Madras plague regulations in force outside the Presidency town - Volume 5
Disease focus: Plague
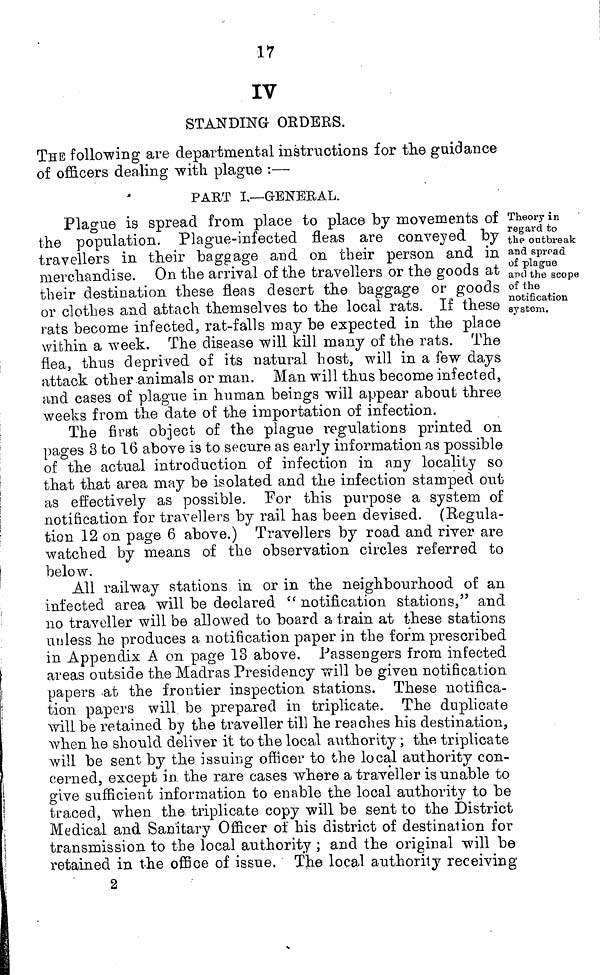
17
IV
STANDING ORDERS.
THE following are departmental instructions for the guidance
of officers dealing with plague :—
PART I,—GENERAL.
Theory in
regard to
the outbreak
and spread
of plague
aptl the scope
of the
notification
system.
Plague is spread from place to place by movements of
the population. Plague-infected fleas are conveyed by
travellers in their baggage and on their person and in
merchandise. On the arrival of the travellers or the goods at
their destination these fleas desert the baggage or goods
or clothes and attach themselves to the local rats. If these
rats become infected, rat-falls may be expected in the place
within a week. The disease will kill many of the rats. The
flea, thus deprived of its natural host, will in a few days
attack other animals or man. Man will thus become infected,
and cases of plague in human beings will appear about three
weeks from the date of the importation of infection.
The first object of the plague regulations printed on
pages 3 to 16 above is to secure as early information as possible
of the actual introduction of infection in any locality so
that that area may be isolated and the infection stamped out
as effectively as possible. Por this purpose a system of
notification for travellers by rail has been devised. (Regula-
tion 12 on page 6 above.) Travellers by road and river are
watched by means of the observation circles referred to
below.
All railway stations in or in the neighbourhood of an
infected area will be declared " notification stations," and
no traveller will be allowed to board a train at these stations
unless he produces a notification paper in the form prescribed
in Appendix A on page 18 above. Passengers from infected
areas outside the Madras Presidency will be given notification
papers at the frontier inspection stations. These notifica-
tion papers will be prepared in triplicate. The duplicate
will be retained by the traveller till he reaches his destination,
when he should deliver it to the local authority ; the triplicate
will be sent by the issuing officer to the local authority con-
cerned, except in. the rare cases where a traveller is unable to
give sufficient information to enable the local authority to be
traced, when the triplicate copy will be sent to the District
Medical and Sanitary Officer of his district of destination for
transmission to the local authority ; and the original will be
retained in the office of issue, The local authority receiving
2